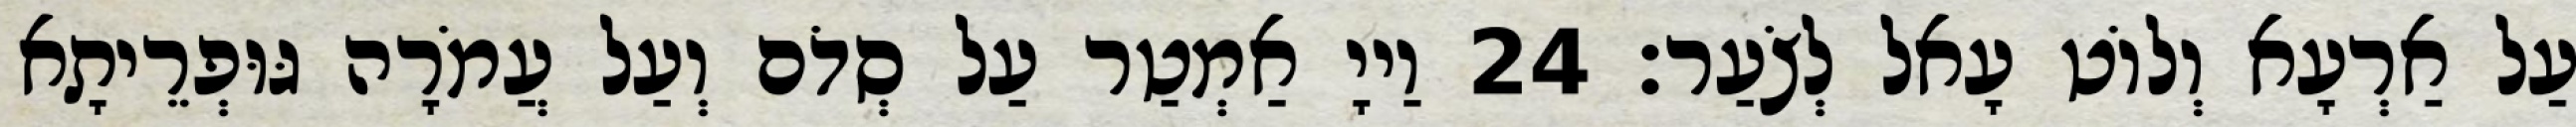
עַל אַרְעָא וְלוֹט עָאל לְצֹעַר׃ 24 וַייָ אַמְטַר עַל סְדֹם וְעַל עֲמֹרָה גּוּפְרֵיתָא